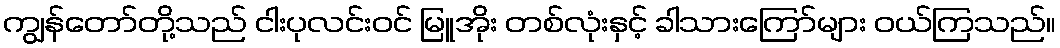
ကျွန်တော်တို့သည် ငါးပုလင်းဝင် မြူအိုး တစ်လုံးနှင့် ခါသားကြော်များ ဝယ်ကြသည်။